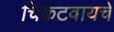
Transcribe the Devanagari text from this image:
चिकटवायचे